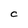
Character: C